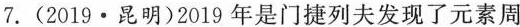
7.(2019·昆明)2019年是门捷列夫发现了元素周